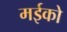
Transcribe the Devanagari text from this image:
मईको